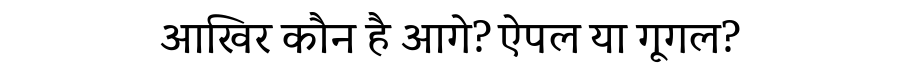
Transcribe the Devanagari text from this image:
आखिर कौन है आगे? ऐपल या गूगल?